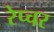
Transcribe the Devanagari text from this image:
रेप्चर